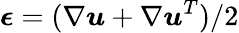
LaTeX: \boldsymbol{\epsilon}=(\nabla\boldsymbol{u}+\nabla\boldsymbol{u}^{T})/2